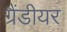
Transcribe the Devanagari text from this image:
ग्रैंडीयर